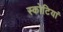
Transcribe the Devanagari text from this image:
स्कोटियां